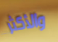
والأكثر